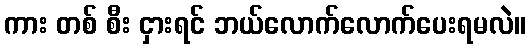
ကား တစ် စီး ငှားရင် ဘယ်လောက်လောက်ပေးရမလဲ။